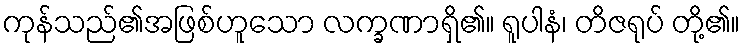
ကုန်သည်၏အဖြစ်ဟူသော လက္ခဏာရှိ၏။ ရူပါနံ၊ တိဇရုပ် တို့၏။